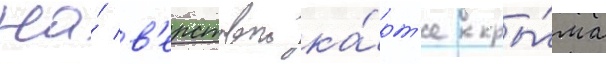
На́ в'ерстовои ка́рт'е кры́ма